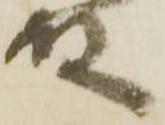
殿